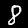
Digit: 8